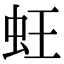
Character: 蚟